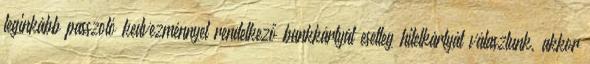
leginkább passzoló kedvezménnyel rendelkező bankkártyát esetleg hitelkártyát választunk, akkor